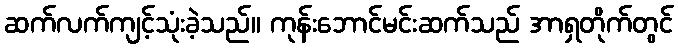
ဆက်လက်ကျင့်သုံးခဲ့သည်။ ကုန်းဘောင်မင်းဆက်သည် အာရှတိုက်တွင်